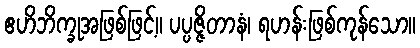
ဧဟိဘိက္ခုအဖြစ်ဖြင့်။ ပပ္ပဇ္ဇိတာနံ၊ ရဟန်းဖြစ်ကုန်သော။